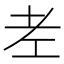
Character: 𦒳